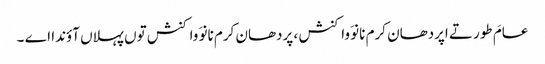
عامَ طور تے اپردھان کرم نانوَ واکنش ، پردھان کرم نانوَ واکنش توں پہلاں آؤندا اے ۔